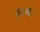
ફાળા